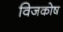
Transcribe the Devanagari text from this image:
विजकोष